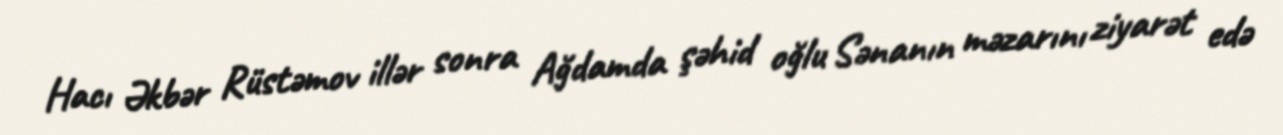
Hacı Əkbər Rüstəmov illər sonra Ağdamda şəhid oğlu Sənanın məzarını ziyarət edə